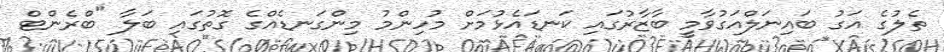
ތެލުގެ އަގު ބައިނަލްއަގުވާމީ ބާޒާރުގައި ކަނޑައެޅުމަަށް މުހިންމު މިންގަނޑެއްގެ ގޮތުގައި ބަލާ "ބްރެންޓް